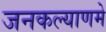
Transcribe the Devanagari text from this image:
जनकल्याणमे